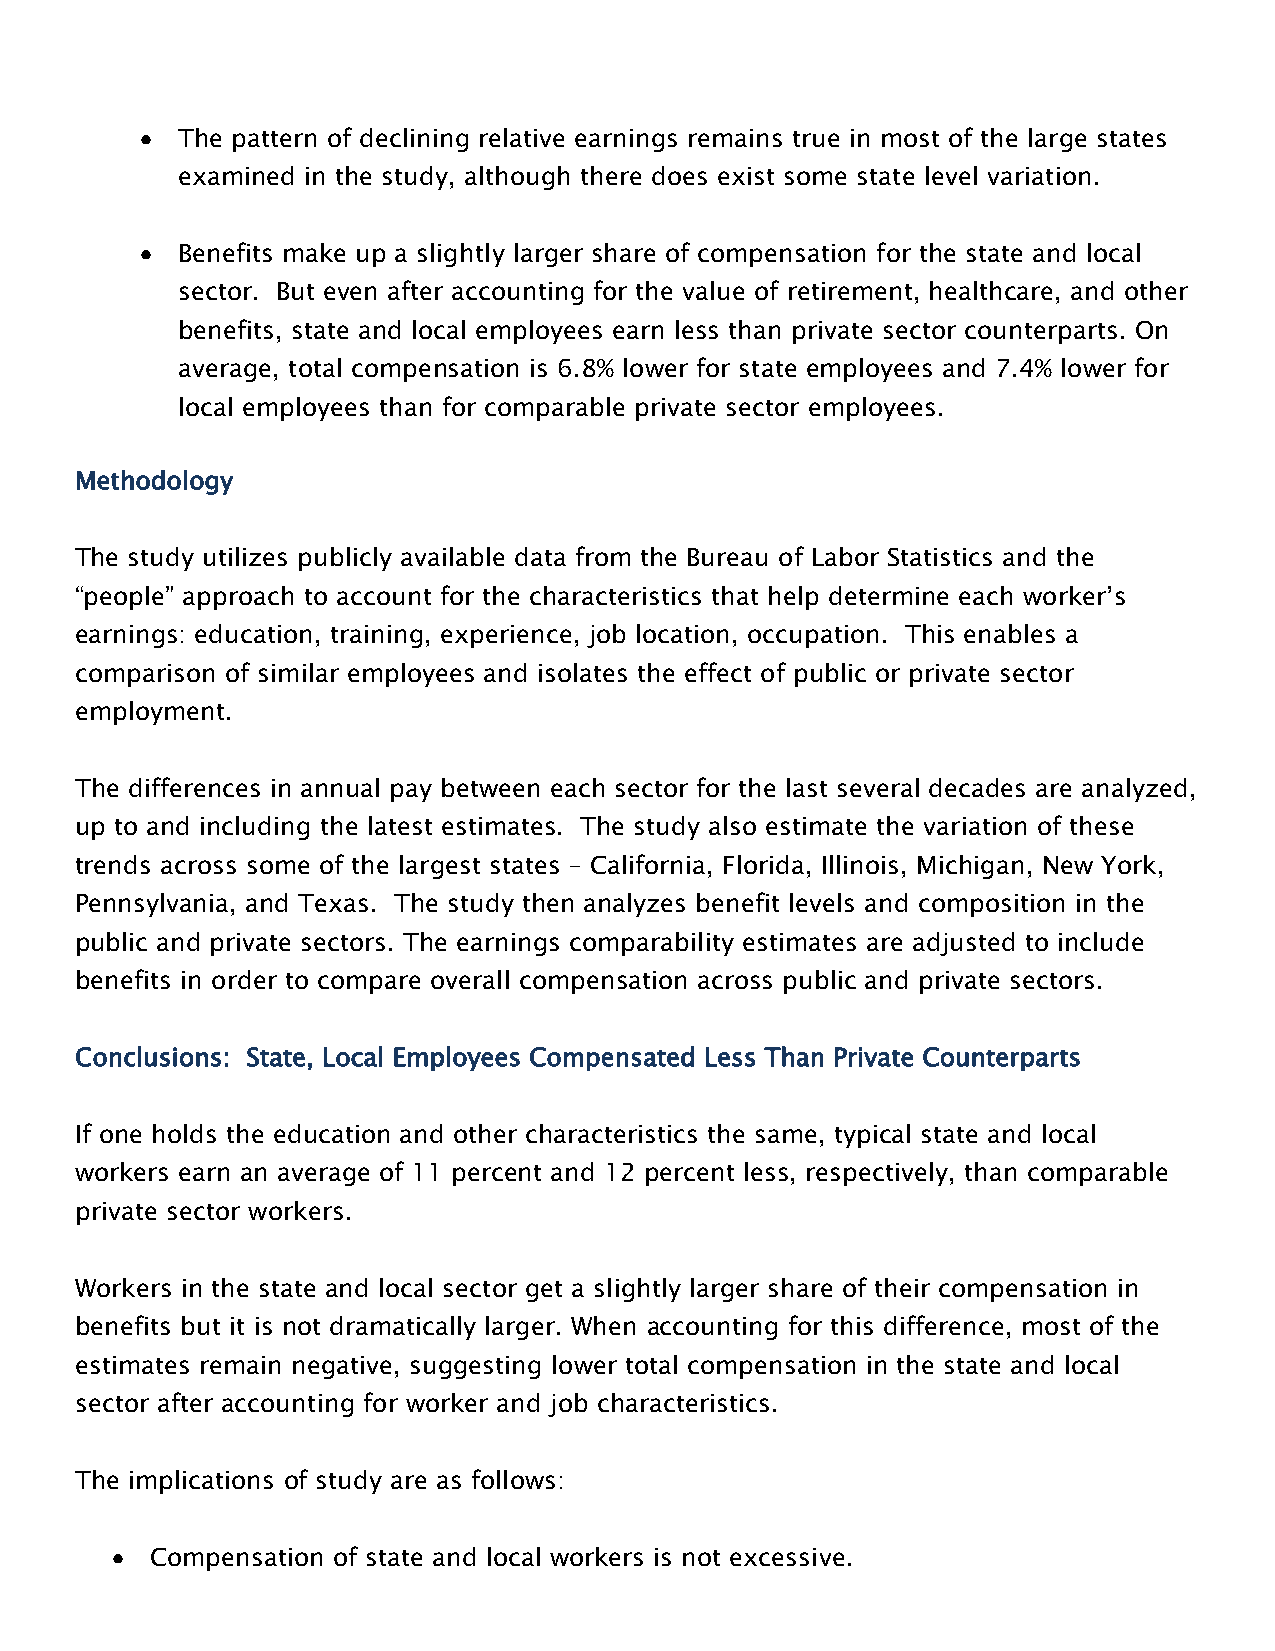
The pattern of declining relative earnings remains true in most of the large states
 examined in the study, although there does exist some state level variation.
 Benefits make up a slightly larger share of compensation for the state and local
 sector. But even after accounting for the value of retirement, healthcare, and other
 benefits, state and local employees earn less than private sector counterparts. On
 average, total compensation is 6.8% lower for state employees and 7.4% lower for
 local employees than for comparable private sector employees.
 Methodology
 The study utilizes publicly available data from the Bureau of Labor Statistics and the
 ―people‖ approach to account for the characteristics that help determine each worker’s
 earnings: education, training, experience, job location, occupation. This enables a
 comparison of similar employees and isolates the effect of public or private sector
 employment.
 The differences in annual pay between each sector for the last several decades are analyzed,
 up to and including the latest estimates. The study also estimate the variation of these
 trends across some of the largest states – California, Florida, Illinois, Michigan, New York,
 Pennsylvania, and Texas. The study then analyzes benefit levels and composition in the
 public and private sectors. The earnings comparability estimates are adjusted to include
 benefits in order to compare overall compensation across public and private sectors.
 Conclusions: State, Local Employees Compensated Less Than Private Counterparts
 If one holds the education and other characteristics the same, typical state and local
 workers earn an average of 11 percent and 12 percent less, respectively, than comparable
 private sector workers.
 Workers in the state and local sector get a slightly larger share of their compensation in
 benefits but it is not dramatically larger. When accounting for this difference, most of the
 estimates remain negative, suggesting lower total compensation in the state and local
 sector after accounting for worker and job characteristics.
 The implications of study are as follows:
 Compensation of state and local workers is not excessive.